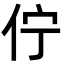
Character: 佇